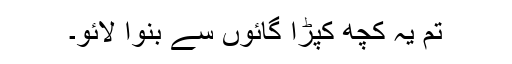
تم یہ کچھ کپڑا گائوں سے بنوا لائو۔